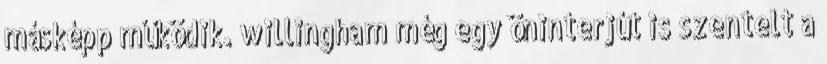
másképp működik. willingham még egy öninterjút is szentelt a